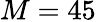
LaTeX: M=45